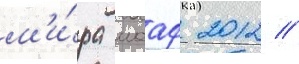
м'и́ра иааф 2012 //